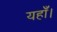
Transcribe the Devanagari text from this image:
यहाँ।